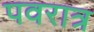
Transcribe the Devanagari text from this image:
पवरात्र